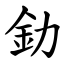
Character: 釛